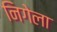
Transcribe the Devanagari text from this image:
निगेला